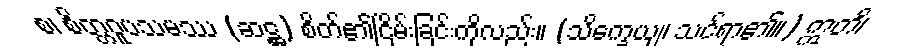
စ၊ စိတ္တဝူပသမဿ (ဆဋ္ဌ) စိတ်၏ငြိမ်းခြင်းကိုလည်း။ (သိက္ခေယျ၊ သင်ရာ၏။) ဣတိ၊